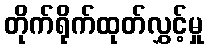
တိုက်ရိုက်ထုတ်လွှင့်မှု